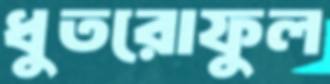
ধুতরোফুল